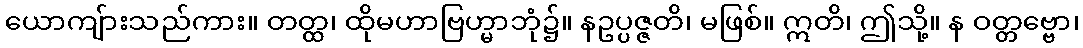
ယောကျ်ားသည်ကား။ တတ္ထ၊ ထိုမဟာဗြဟ္မာဘုံ၌။ နဥပ္ပဇ္ဇတိ၊ မဖြစ်။ ဣတိ၊ ဤသို့။ န ဝတ္တဗ္ဗော၊